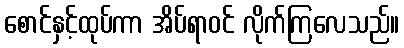
စောင်နှင့်ထုပ်ကာ အိပ်ရာဝင် လိုက်ကြလေသည်။